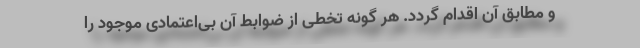
و مطابق آن اقدام گردد. هر گونه تخطی از ضوابط آن بی‌اعتمادی موجود را